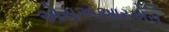
એસએઆરએસ